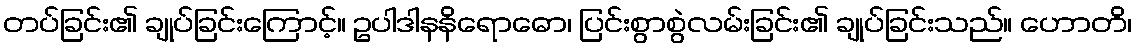
တပ်ခြင်း၏ ချုပ်ခြင်းကြောင့်။ ဥပါဒါနနိရောဓော၊ ပြင်းစွာစွဲလမ်းခြင်း၏ ချုပ်ခြင်းသည်။ ဟောတိ၊